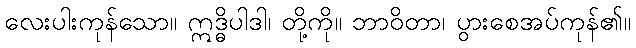
လေးပါးကုန်သော။ ဣဒ္ဓိပါဒါ၊ တို့ကို။ ဘာဝိတာ၊ ပွားစေအပ်ကုန်၏။